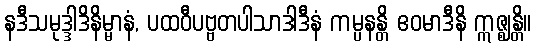
နဒီသမုဒ္ဒါဒိနိမ္မာနံ, ပထဝီပဗ္ဗတပါသာဒါဒီနံ ကမ္ပနန္တိ ဧဝမာဒီနိ ဣဇ္ဈန္တိ။